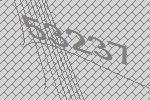
53237